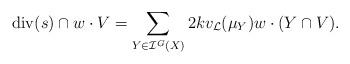
LaTeX: \begin{align*}\mathrm{div}(s)\cap w\cdot V = \sum_{Y\in \mathcal{I}^G(X)} 2k v_{\mathcal{L}}(\mu_Y)w\cdot(Y\cap V).\end{align*}